Scottish Leaving Certificate Examination, 1959
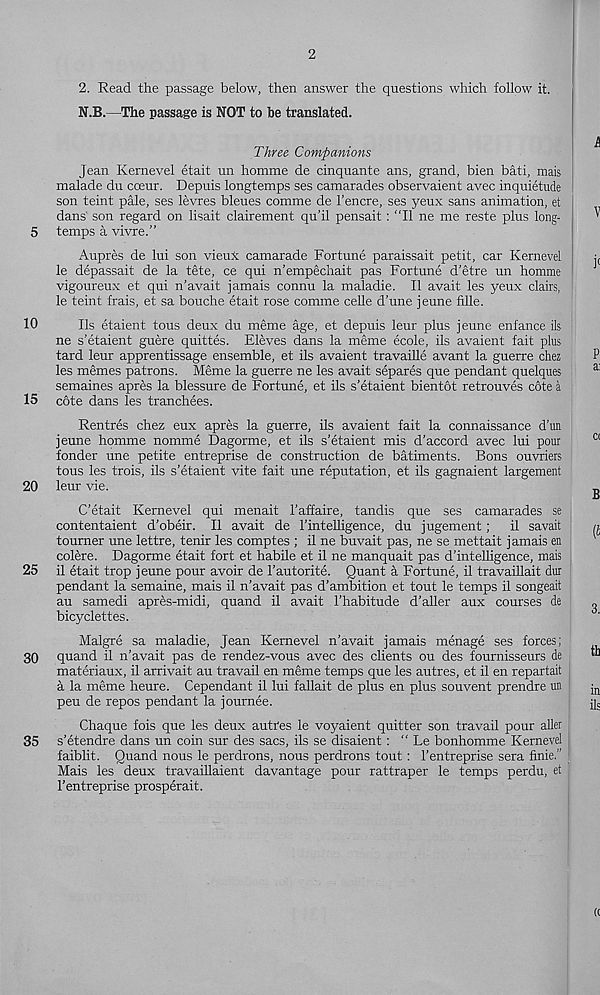
5
10
15
20
25
30
35
2
2. Read the passage below, then answer the questions which follow it.
N.B.—The passage is NOT to be translated.
Three Companions
Jean Kernevel etait un homme de cinquante ans, grand, bien bati, mais
malade du cceur. Depuis longtemps ses camarades observaient avec inquietude
son teint pale, ses levres bleues comme de 1’encre, ses yeux sans animation, et
dans son regard on lisait clairement qu’il pensait: “II ne me reste plus long-
temps a vivre.”
Aupres de lui son vieux camarade Fortune paraissait petit, car Kernevel
le depassait de la tete, ce qui n’empechait pas Fortune d’etre un homme
vigoureux et qui n’avait jamais connu la maladie. II avait les yeux clairs,
le teint frais, et sa bouche etait rose comme celle d’une jeune fille.
Ils etaient tous deux du meme age, et depuis leur plus jeune enfance ils
ne s’etaient guere quittes. Eleves dans la meme ecole, ils avaient fait plus
tard leur apprentissage ensemble, et ils avaient travaille avant la guerre chez
les memes patrons. Meme la guerre ne les avait separes que pendant quelques
semaines apres la blessure de Fortune, et ils s’etaient bientot retrouves cote a
cote dans les tranchees.
Rentres chez eux apres la guerre, ils avaient fait la connaissance d’un
jeune homme nomme Dagorme, et ils s’etaient mis d’accord avec lui pour
fonder une petite entreprise de construction de batiments. Bons ouvriers
tous les trois, ils s’etaient vite fait une reputation, et ils gagnaient largement
leur vie.
C’etait Kernevel qui menait I’affaire, tandis que ses camarades se
contentaient d’obeir. II avait de 1’intelligence, du jugement; il savait
toumer une lettre, tenir les comptes ; il ne buvait pas, ne se mettait jamais en
colere. Dagorme etait fort et habile et il ne manquait pas d’intelligence, mais
il etait trop jeune pour avoir de I’autorite. Quant a Fortune, il travaillait dur
pendant la semaine, mais il n’avait pas d’ambition et tout le temps il songeait
au samedi apres-midi, quand il avait 1’habitude d’aller aux courses de
bicyclettes.
Malgre sa maladie, Jean Kernevel n’avait jamais menage ses forces;
quand il n’avait pas de rendez-vous avec des clients ou des fournisseurs de
materiaux, il arrivait au travail en meme temps que les autres, et il en repartait
a la meme heure. Cependant il lui fallait de plus en plus souvent prendre un
peu de repos pendant la journee.
Chaque fois que les deux autfes le voyaient quitter son travail pour aller
s’etendre dans un coin sur des sacs, ils se disaient: “ Le bonhomme Kernevel
faiblit. Quand nous le perdrons, nous perdrons tout: 1’entreprise sera finie."
Mais les deux travaillaient davantage pour rattraper le temps perdu, et
Fentreprise prosperait.